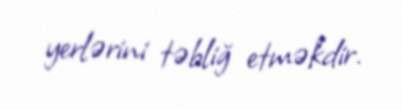
yerlərini təbliğ etməkdir.